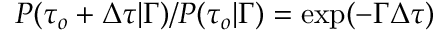
P ( \tau _ { o } + \Delta \tau \vert \Gamma ) / P ( \tau _ { o } \vert \Gamma ) = \exp ( - \Gamma \Delta \tau )